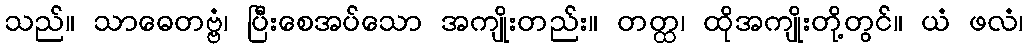
သည်။ သာဓေတဗ္ဗံ၊ ပြီးစေအပ်သော အကျိုးတည်း။ တတ္ထ၊ ထိုအကျိုးတို့တွင်။ ယံ ဖလံ၊